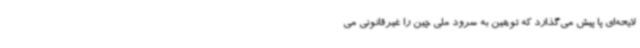
لایحه‌ای پا پیش می‌گذارد که توهین به سرود ملی چین را غیرقانونی می